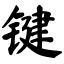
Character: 键